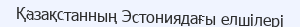
Қазақстанның Эстониядағы елшілері